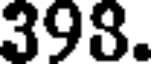
398.